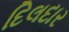
દિલદાર